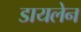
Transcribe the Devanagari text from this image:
डायलेन